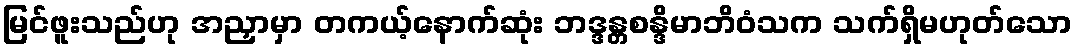
မြင်ဖူးသည်ဟု အညှာမှာ တကယ့်နောက်ဆုံး ဘဒ္ဒန္တစန္ဒိမာဘိဝံသက သက်ရှိမဟုတ်သော